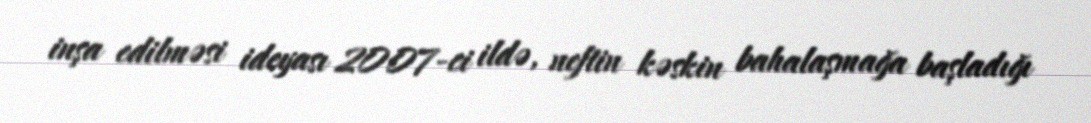
inşa edilməsi ideyası 2007-ci ildə, neftin kəskin bahalaşmağa başladığı